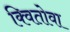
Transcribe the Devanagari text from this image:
क्वितोवा